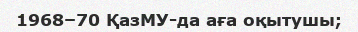
1968–70 ҚазМУ-да аға оқытушы;